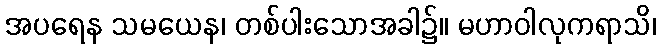
အပရေန သမယေန၊ တစ်ပါးသောအခါ၌။ မဟာဝါလုကရာသိ၊